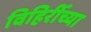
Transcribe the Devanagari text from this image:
विहिरीँच्या